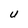
Character: U